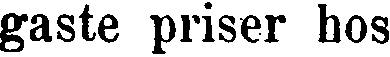
gaste priser hos